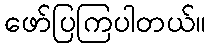
ဖော်ပြကြပါတယ်။